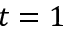
t = 1